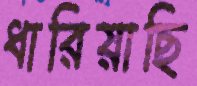
ধারিয়াছি